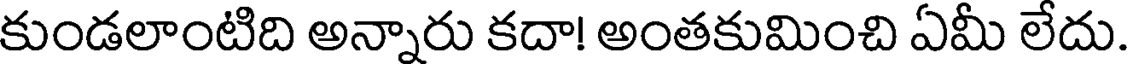
కుండలాంటిది అన్నారు కదా! అంతకుమించి ఏమీ లేదు.